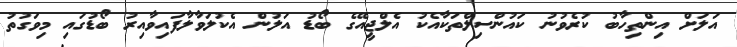
އަލަށް އިންތިހާބު ކުރެވުނު ކައުންސިލްތަކާއެކު އެލްޖީއޭގެ ބޯޑު އަލުން އެކުލަވާލާފައިވާއިރު ބޯޑުގައި މިވަގުތު